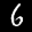
Digit: 6